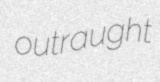
outraught